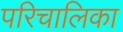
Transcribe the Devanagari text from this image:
परिचालिका